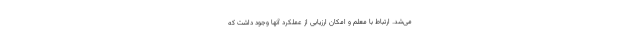
می‌شد. ارتباط با معلم و امکان ارزیابی از عملکرد آنها وجود داشت که